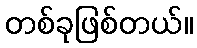
တစ်ခုဖြစ်တယ်။